Annual administration report of the Civil Veterinary Department of India - 1894-1895
Year: 1894
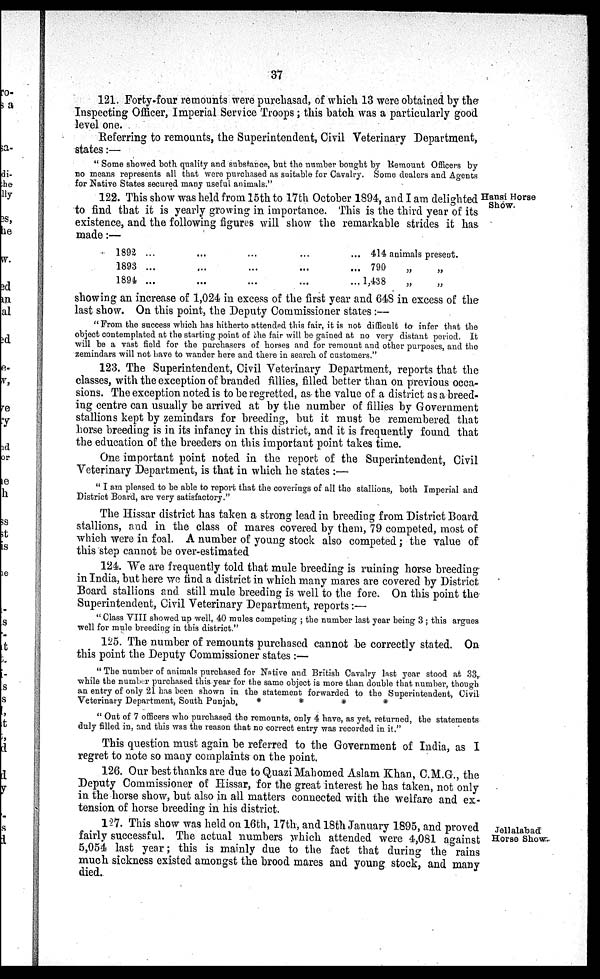
37
121. Forty-four remounts were purchasad, of which 13 were obtained by the
Inspecting Officer, Imperial Service Troops; this batch was a particularly good
level one.
Referring to remounts, the Superintendent, Civil Veterinary Department,
states:—
" Some showed both quality and substance, but the number bought by Remount Officers by
no means represents all that were purchased as suitable for Cavalry. Some dealers and Agents
for Native States secured many useful animals."
Hansi Horse
Show.
122. This show was held from 15th to 17th October 1894, and I am delighted
to find that it is yearly growing in importance. This is the third year of its
existence, and the following figures will show the remarkable strides it has
made:—
1892
...
...
...
...
...
1893 ...
...
...
...
...
1894 ...
...
...
...
...
414 animals present.
790
„
„
1,438
„
„
showing an increase of 1,024 in excess of the first year and 648 in excess of the
last show. On this point, the Deputy Commissioner states :—
"From the success which has hitherto attended this fair, it is not difficult to infer that the
object contemplated at the starting point of the fair will be gained at no very distant period. It
will be a vast field for the purchasers of horses and for remount and other purposes, and the
zemindars will not have to wander here and there in search of customers."
123. The Superintendent, Civil Veterinary Department, reports that the
classes, with the exception of branded fillies, filled better than on previous occa-
sions. The exception noted is to be regretted, as the value of a district as a breed-
ing centre can usually be arrived at by the number of fillies by Government
stallions kept by zemindars for breeding, but it must be remembered that
horse breeding is in its infancy in this district, and it is frequently found that
the education of the breeders on this important point takes time.
One important point noted in the report of the Superintendent, Civil
Veterinary Department, is that in which he states :—
" I am pleased to be able to report that the coverings of all the stallions, both Imperial and
District Board, are very satisfactory."
The Hissar district has taken a strong lead in breeding from District Board
stallions, and in the class of mares covered by them, 79 competed, most of
which were in foal. A number of young stock also competed; the value of
this step cannot be over-estimated
124. We are frequently told that mule breeding is ruining horse breeding
in India, but here we find a district in which many mares are covered by District
Board stallions and still mule breeding is well to the fore. On this point the
Superintendent, Civil Veterinary Department, reports:—
"Class VIII showed up well, 40 mules competing ; the number last year being 3 ; this argues
well for mule breeding in this district."
125. The number of remounts purchased cannot be correctly stated. On
this point the Deputy Commissioner states :—
" The number of animals purchased for Native and British Cavalry last year stood at 33,
while the number purchased this year for the same object is more than double that number, though
an entry of only 21 has been shown in the statement forwarded to the Superintendent, Civil
Veterinary Department, South Punjab,
*
*
*
*
" Out of 7 officers who purchased the remounts, only 4 have, as yet, returned, the statements
duly filled in, and this was the reason that no correct entry was recorded in it."
This question must again be referred to the Government of India, as I
regret to note so many complaints on the point.
126. Our best thanks are due to Quazi Mahomed Aslam Khan, C.M.G., the
Deputy Commissioner of Hissar, for the great interest he has taken, not only
in the horse show, but also in all matters connected with the welfare and ex-
tension of horse breeding in his district.
Jellalabad
Horse Show.
127. This show was held on 16th, 17th, and 18th January 1895, and proved
fairly successful. The actual numbers which attended were 4,081 against
5,054 last year; this is mainly due to the fact that during the rains
much sickness existed amongst the brood mares and young stock, and many
died.